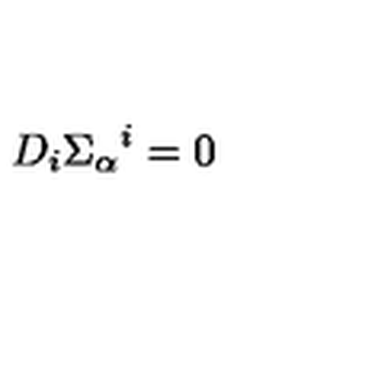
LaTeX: D _ { i } \Sigma _ { \alpha } { } ^ { i } = 0 \,